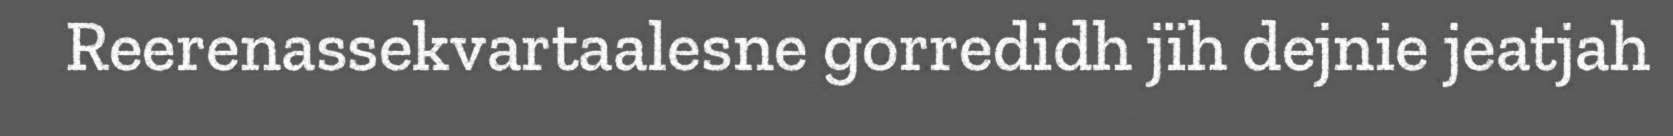
Reerenassekvartaalesne gorredidh jïh dejnie jeatjah